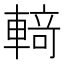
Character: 𰹝